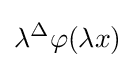
\lambda ^{\Delta }\varphi (\lambda x)